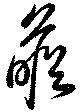
瞻